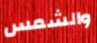
والشمس